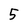
Character: 5